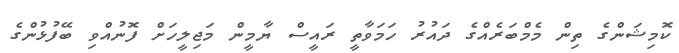
ކޮމިޝަންގެ ތިން މެމްބަރެއްގެ ދައުރު ހަމަވާތީ ރައީސް ޔާމީން މަޖިލީހަށް ފޮނުއްވި ބޭފުޅުންގެ